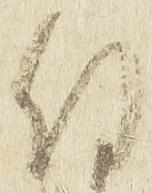
付